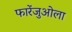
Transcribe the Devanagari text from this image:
फारेंजुओला